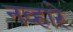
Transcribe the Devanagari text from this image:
नव्हारे